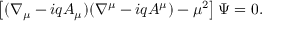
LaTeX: \left[ ( \nabla _ { \mu } - i q A _ { \mu } ) ( \nabla ^ { \mu } - i q A ^ { \mu } ) - \mu ^ { 2 } \right] \Psi = 0 .